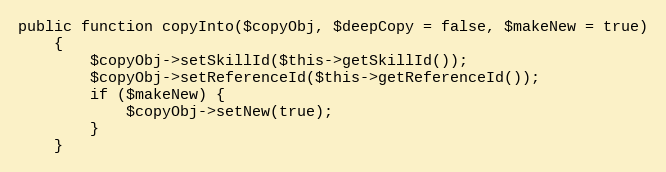
Language: PHP
public function copyInto($copyObj, $deepCopy = false, $makeNew = true)
    {
        $copyObj->setSkillId($this->getSkillId());
        $copyObj->setReferenceId($this->getReferenceId());
        if ($makeNew) {
            $copyObj->setNew(true);
        }
    }